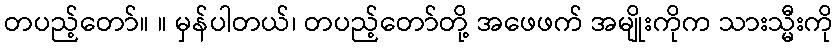
တပည့်တော်။ ။ မှန်ပါတယ်၊ တပည့်တော်တို့ အဖေဖက် အမျိုးကိုက သားသ္မီးကို